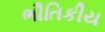
ભૌતિકીય